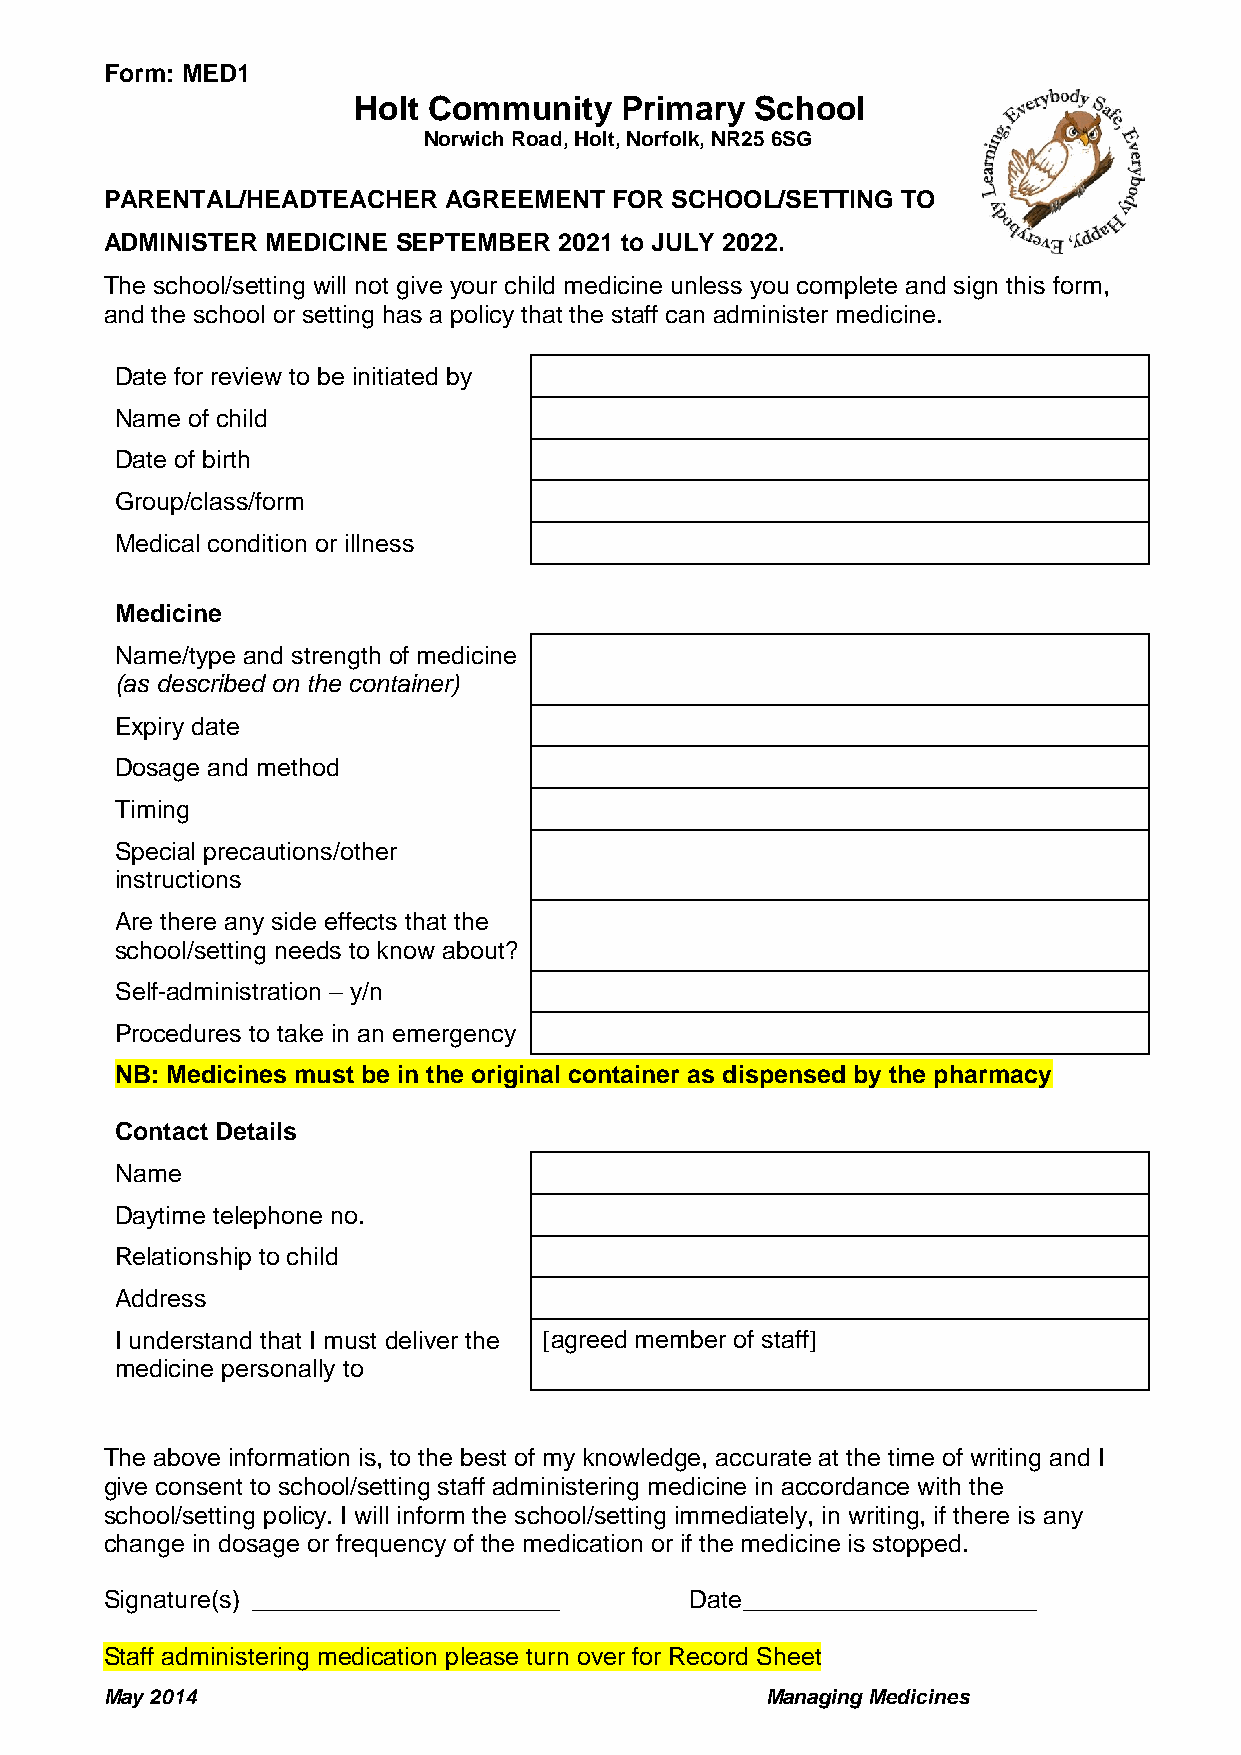
Form: MED1
 Holt Community    Primary  School
 Norwich Road, Holt, Norfolk, NR25 6SG
 PARENTAL/HEADTEACHER  AGREEMENT  FOR SCHOOL/SETTING  TO
 ADMINISTER MEDICINE SEPTEMBER 2021 to JULY 2022.
 The school/setting will not give your child medicine unless you complete and sign this form,
 and the school or setting has a policy that the staff can administer medicine.
 Date for review to be initiated by
 Name of child
 Date of birth
 Group/class/form
 Medical condition or illness
 Medicine
 Name/type and strength of medicine
 (as described on the container)
 Expiry date
 Dosage and method
 Timing
 Special precautions/other
 instructions
 Are there any side effects that the
 school/setting needs to know about?
 Self-administration – y/n
 Procedures to take in an emergency
 NB: Medicines must be in the original container as dispensed by the pharmacy
 Contact Details
 Name
 Daytime telephone no.
 Relationship to child
 Address
 I understand that I must deliver the [agreed member of staff]
 medicine personally to
 The above information is, to the best of my knowledge, accurate at the time of writing and I
 give consent to school/setting staff administering medicine in accordance with the
 school/setting policy. I will inform the school/setting immediately, in writing, if there is any
 change in dosage or frequency of the medication or if the medicine is stopped.
 Signature(s) ______________________    Date _____________________
 Staff administering medication please turn over for Record Sheet
 May 2014                                    Managing Medicines